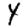
Digit: 4